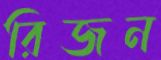
রিজন